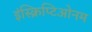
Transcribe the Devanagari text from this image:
इंस्क्रिप्टिओनम